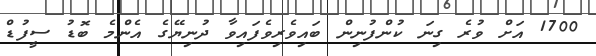
1700 އަށް ވުރެ ގިނަ ކުންފުނިން ބައިވެރިވެފައިވާ ދުނިޔޭގެ އެންމެ ބޮޑު ސީފުޑް